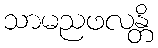
သာမညဖလန္တိ